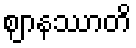
ဈာနဿာတိ